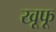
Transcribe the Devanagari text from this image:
खूफू